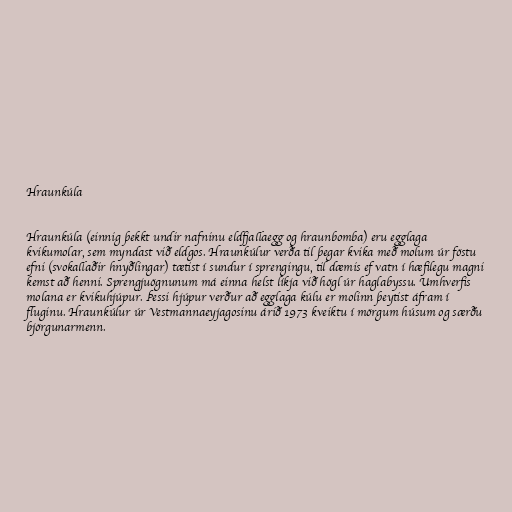
Hraunkúla

Hraunkúla (einnig þekkt undir nafninu eldfjallaegg og hraunbomba) eru egglaga
kvikumolar, sem myndast við eldgos. Hraunkúlur verða til þegar kvika með molum úr föstu
efni (svokallaðir hnyðlingar) tætist í sundur í sprengingu, til dæmis ef vatn í hæfilegu magni
kemst að henni. Sprengjuögnunum má einna helst líkja við högl úr haglabyssu. Umhverfis
molana er kvikuhjúpur. Þessi hjúpur verður að egglaga kúlu er molinn þeytist áfram í
fluginu. Hraunkúlur úr Vestmannaeyjagosinu árið 1973 kveiktu í mörgum húsum og særðu
björgunarmenn.